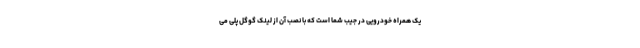
یک همراه خودرویی در جیب شما است که با نصب آن از لینک گوگل پلی می‌